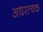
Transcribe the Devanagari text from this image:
अधरत्वक